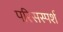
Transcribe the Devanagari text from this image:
परिसस्पर्श